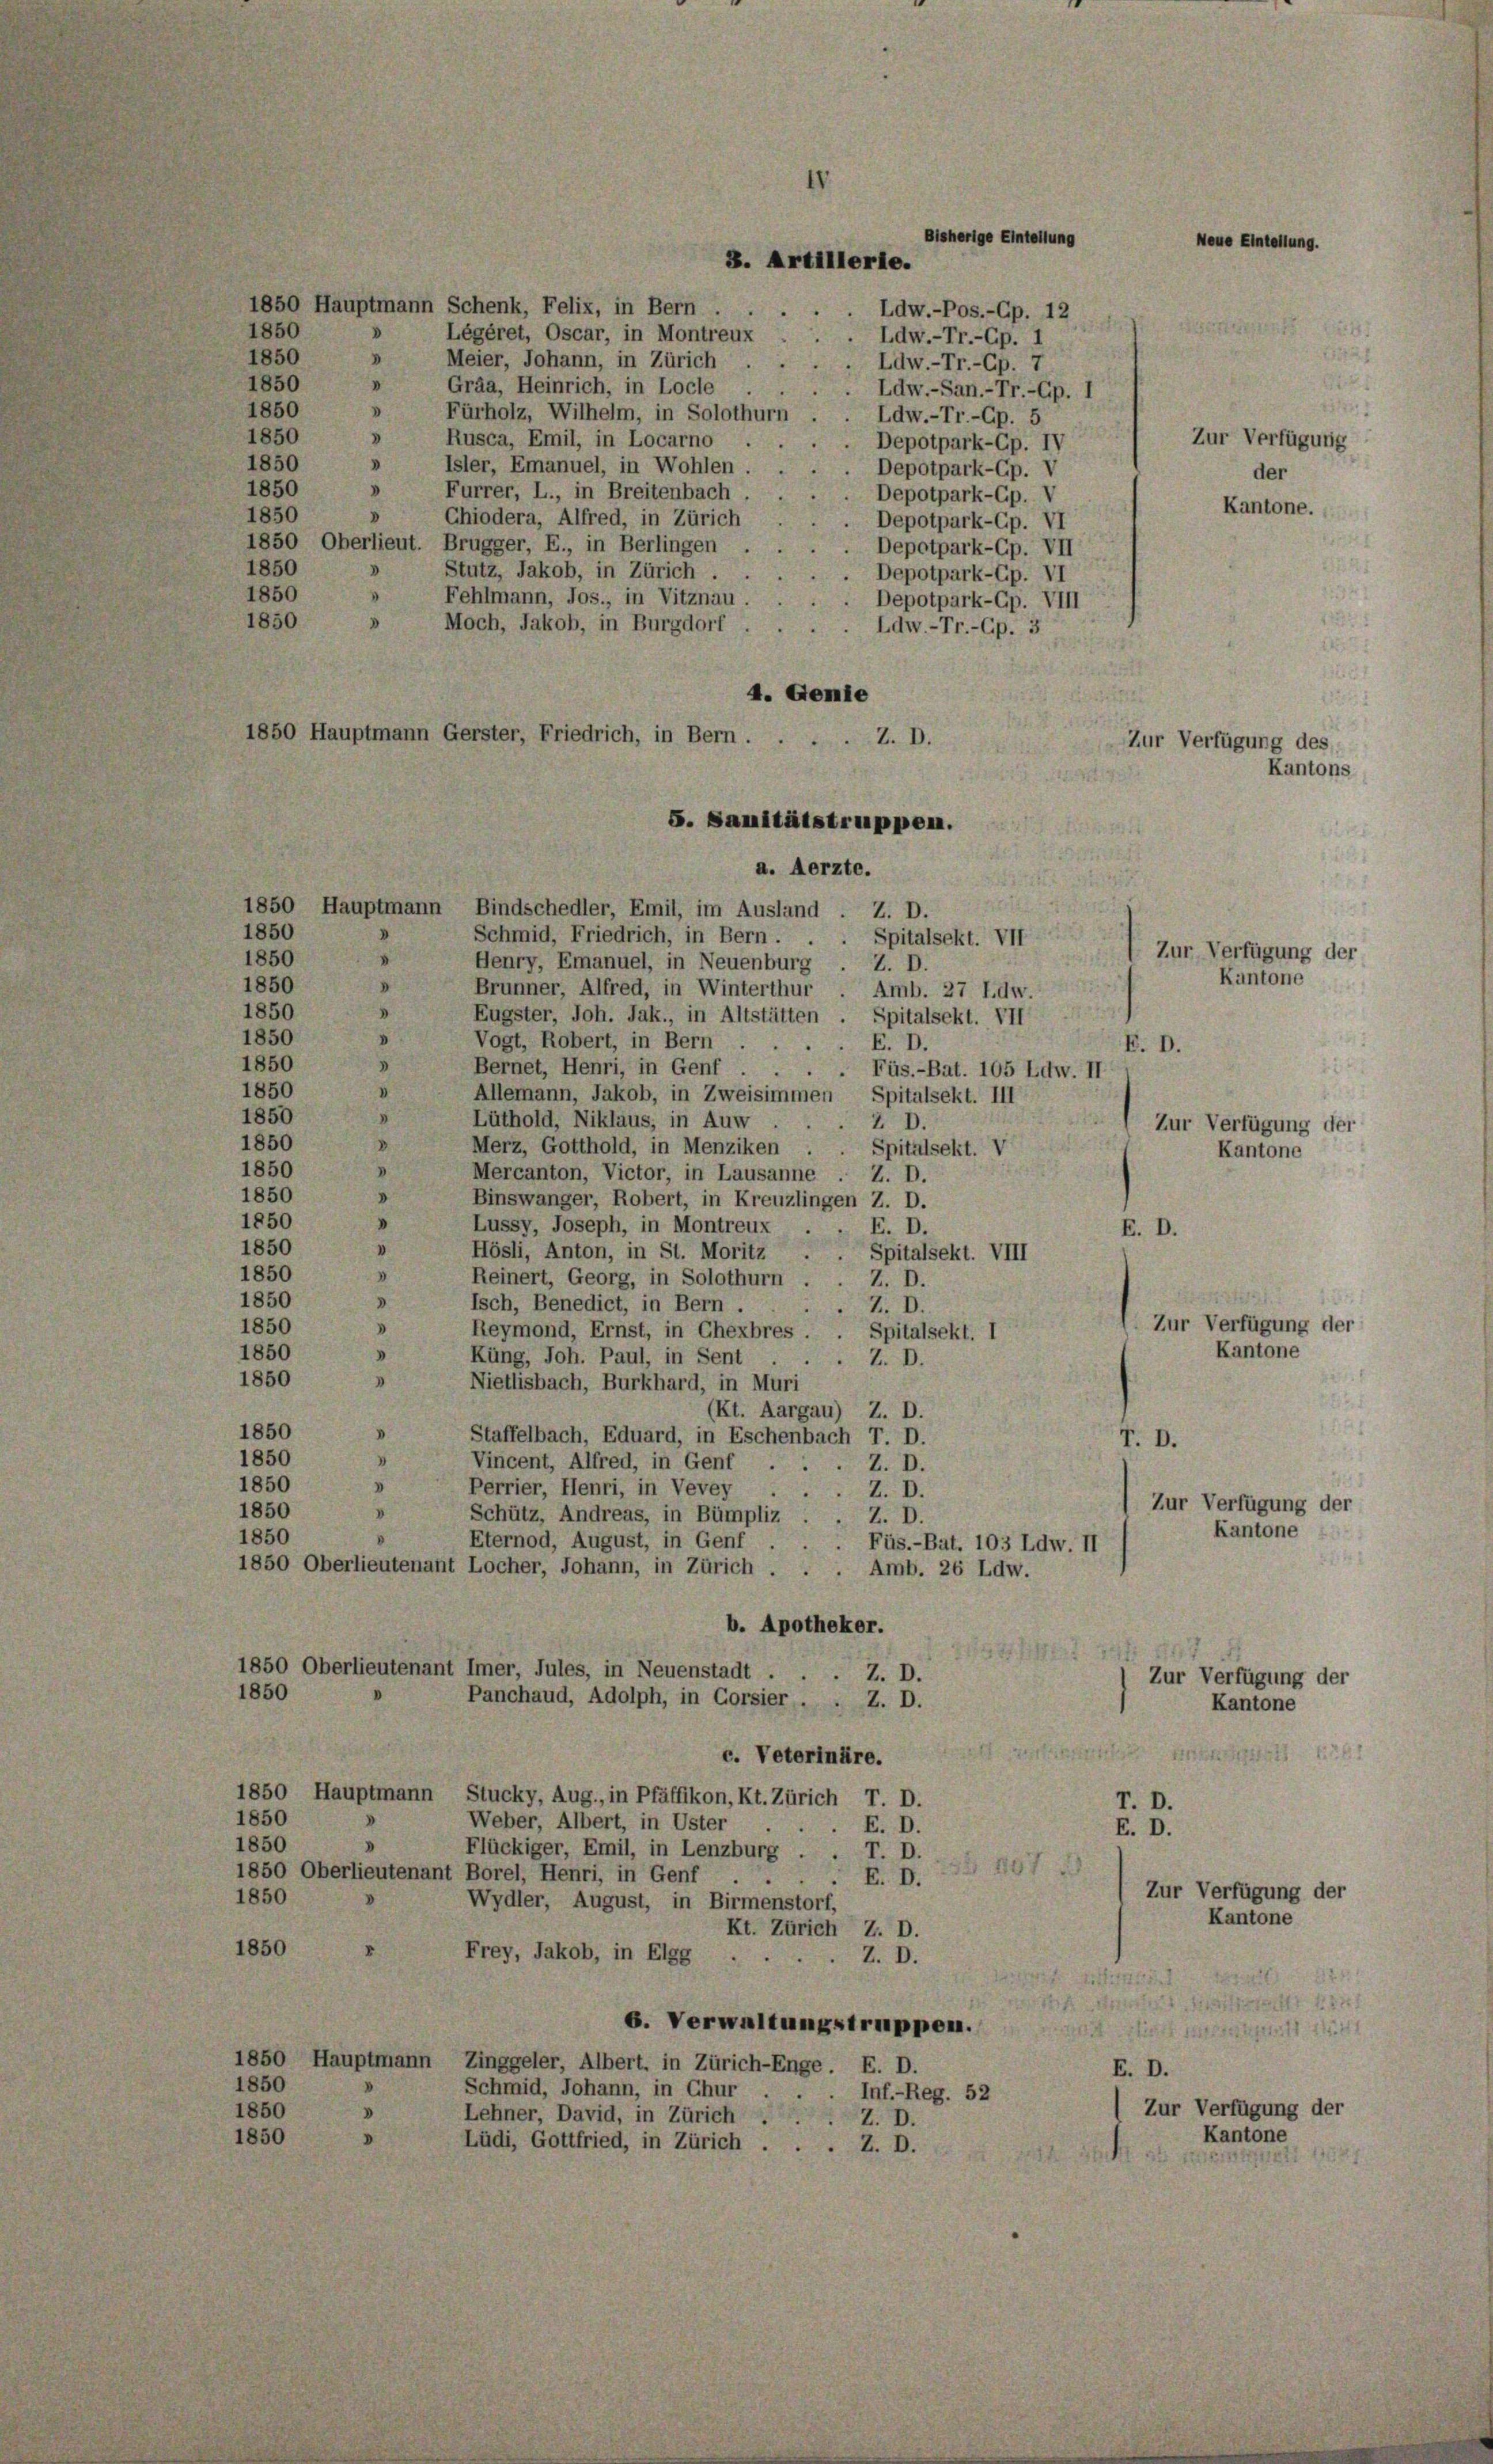
3. Artillerle.
1850 Hauptmann Schenk, Felix, in Bern . . . . . Ldw.-Pos.-Gp. 12
Légèret, Oscar, in Montreux
Ldw.-Tr.-Gp. 1
1850
Meier, Johann, in Zürich
Ldw.-Tr.-Cp. 7
V
1850
Gräa, Heinrich, in Locle
Ldw.-San.-Tr.-Gp. I
1850
3
Fürholz, Wilhelm, in Solothurn
Ldw.-Tr.-Gp. 5
1850
Rusca, Emil, in Locarno
.
Depotpark-Cp. IV
1850
» Isler, Emanuel, in Wohlen
Depotpark-Gp. V
d
1850
Furrer, L., in Breitenbach.
Depotpark-Gp. V
1850
V
Chiodera, Alfred, in Zürich
Depotpark-Gp. VI
1850 Oberlieut. Brugger, E., in Berlingen
Depotpark-Gp. VII
1850
» Stutz, Jakob, in Zürich .
Depotpark-Gp. VI
1850
Fehlmann, Jos., in Vitznau.
Depotpark-Gp. VIII
1850
Moch, Jakob, in Burgdorf
Ldw.-Tr.-Gp. 3
4. Genie
1850 Hauptmann Gerster, Friedrich, in Bern.
Z. D.
5. Sanitätstruppen.
a. Aerzte.
1850 Hauptmann Bindschedler, Emil, im Ausland
Z. D.
Schmid, Friedrich, in Bern . .
Spitalsekt. VII
Henry, Emanuel, in Neuenburg
Z. D.
Brunner, Alfred, in Winterthur
Amb. 27 Idw.
.
1850
Eugster, Joh. Jak., in Altstätten . Spitalsekt. VII
1850
d
Vogt, Robert, in Bern ...
E. D.
1850
3
Bernet, Henri, in Genf . . . . Füs.-Bat. 105 Ldw. II
1850
D
Allemann, Jakob, in Zweisimmen, Spitalsekt. III
1850
Lüthold, Niklaus, in Auw .
Z D.
1850
D
Merz, Gotthold, in Menziken
Spitalsekt. V
.
1850
Mercanton, Victor, in Lausanne . Z. D.
1850
Binswanger, Robert, in Kreuzlingen Z. D.
1850
d
Lussy, Joseph, in Montreux
E. D.
E. D.
1850
V
Hösli, Anton, in St. Moritz .
Spitalsekt. VIII
1850
"
Reinert, Georg, in Solothurn
Z. D.
1850
.
Isch, Benedict, in Bern .
7. D.
.
1850
3
Reymond, Ernst, in Chexbres Spitalsekt. I
1850
Küng, Joh. Paul, in Sent
Z. D.
1850
.
Nietlisbach, Burkhard, in Muri
Kt. Aargau) Z. D.
1850
Staffelbach, Eduard, in Eschenbach T. D.
1850
3
Vincent, Alfred, in Genf . . . Z. D.
1850
Perrier, Henri, in Vevey ..
Z. D.
V
1850
Schütz, Andreas, in Bümpliz . . Z. D.
1850
Eternod, August, in Genf
Füs.-Bat. 103 Ldw. II
1850 Oberlieutenant Locher, Johann, in Zürich . . . Amb. 26 Ldw.
b. Apotheker.
1850 Oberlieutenant Imer, Jules, in Neuenstadt .
Z. D.
1850
Panchaud, Adolph, in Corsier . . Z. D.
c. Veterinäre.
1850 Hauptmann
Stucky, Aug., in Pfäffikon, Kt. Zürich
T. D.
T. D.
1850
Weber, Albert, in Uster
E. D.
E. D.
1850
Flückiger, Emil, in Lenzburg .
T. D.
S 1107
1850 Oberlieutenant Borel, Henri, in Genf
E. D.
1850
Wydler, August, in Birmenstorf,
Kt. Zürich Z. D.
1850
Frey, Jakob, in Elgg ...
Z. D.
1
6. Verwaltungstruppen.
1850 Hauptmann Zinggeler, Albert, in Zürich-Enge. E. D.
E. D.
1850
Schmid, Johann, in Chur
Inf.-Reg. 52
1850
.
Lehner, David, in Zürich .
Z. D.
1850
Lüdi, Gottfried, in Zürich . . . Z. D.

1850

1850
.

1850
1850

Bisherige Einteilung

Zur Verfügung der
Kantone
F. D.
Zur Verfügung der
Kantone

Zur Verfügung der
Kantone

T. D.
Zur Verfügung der
7
Zur Verfügung der
Kantone
t
Zur Verfügung der
Kantone

Zur Verfügung
der
Kantone.

Zur Verfügung des

Zur Verfügung der
Kantone

Kantons

Kantone

6